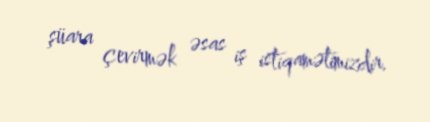
şüara çevirmək əsas iş istiqamətimizdir.